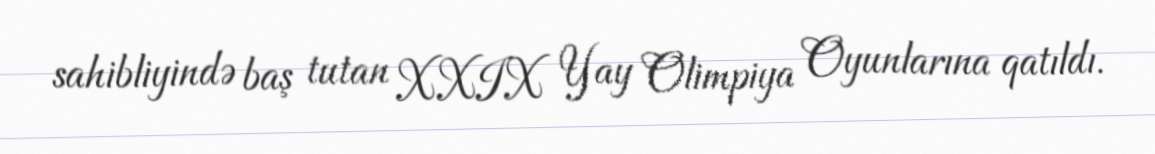
sahibliyində baş tutan XXIX Yay Olimpiya Oyunlarına qatıldı.